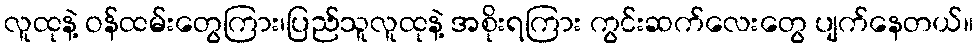
လူထုနဲ့ ဝန်ထမ်းတွေကြား၊ပြည်သူလူထုနဲ့ အစိုးရကြား ကွင်းဆက်လေးတွေ ပျက်နေတယ်။